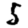
Digit: 5